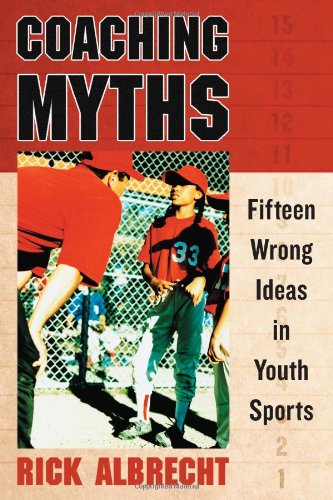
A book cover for Coaching Myths: Fifteen Wrong Ideas in Youth Sports; Rick Albrecht; Sports & Outdoors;